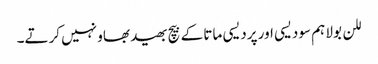
للن بولا ہم سودیسی اور پردیسی ماتا کے بیچ بھید بھاو نہیں کرتے۔